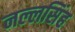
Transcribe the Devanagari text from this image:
नल्लसिंह